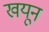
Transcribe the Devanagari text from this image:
खयून